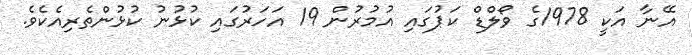
އޭނާ އަކީ 1978ގެ ވޯލްޑް ކަޕުގައި އުމުރުން 19 އަހަރުގައި ކުޅުނު ކުޅުންތެރިއެކެވެ.